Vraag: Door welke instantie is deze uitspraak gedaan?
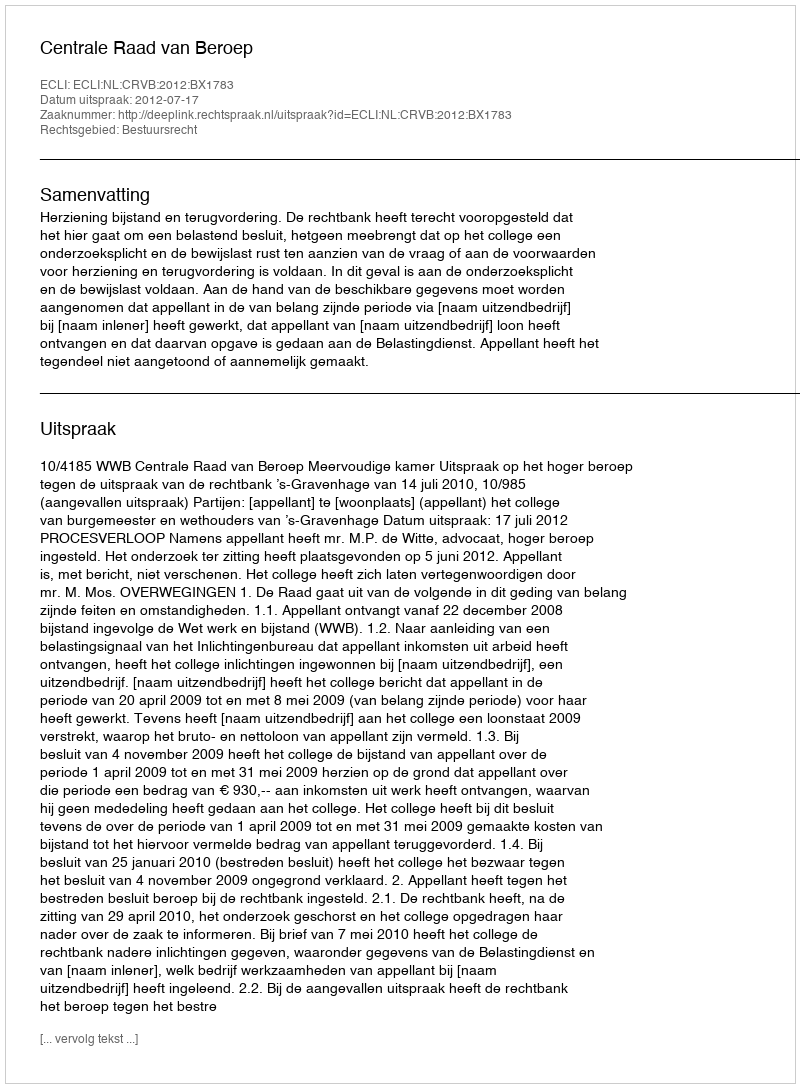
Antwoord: Centrale Raad van Beroep